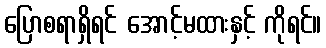
ပြောစရာရှိရင် အောင့်မထားနှင့် ကိုရင်။